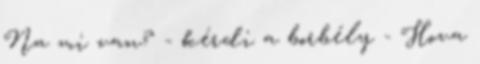
Na mi van? - kérdi a borbély - Hova